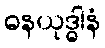
ဓနယုဒ္ဓါနံ